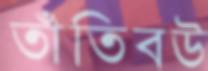
তাঁতিবউ